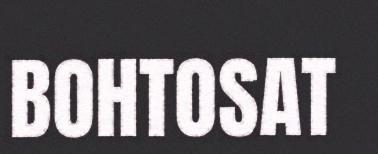
BOHTOSAT